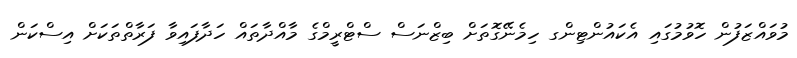
މުވައްޒަފުން ހޮވުމުގައި އެކައުންޓިންގ ހިމެނޭގޮތަށް ބިޒްނަސް ސްޓްރީމްގެ މާއްދާތައް ހަދާފައިވާ ފަރާތްތަކަށް އިސްކަން